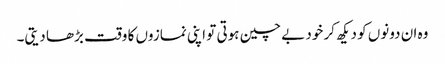
وہ ان دونوں کو دیکھ کر خود بے چین ہوتی تو اپنی نمازوں کا وقت بڑھا دیتی۔